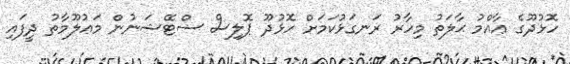
ހޮޅުދޫގެ ޢާއްމު ޙާލަތު މިހާރު ރަނގަޅުކަމަށް ހޮޅުދޫ ޕޮލިސް ސްޓޭޝަނުން މަޢުލޫމާތު ދީފައި